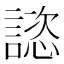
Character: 𧫎